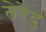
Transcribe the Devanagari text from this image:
तेरेदु